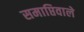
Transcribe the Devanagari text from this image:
समाप्तिवाले